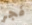
فجر